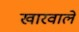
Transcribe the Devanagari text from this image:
खारवाले